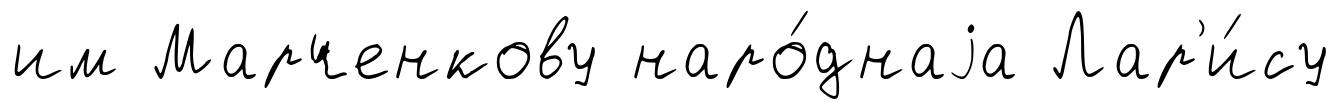
им Марченкову наро́днаjа Лар'и́су